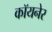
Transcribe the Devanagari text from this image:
कॉयनेर